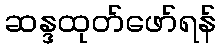
ဆန္ဒထုတ်ဖော်ရန်